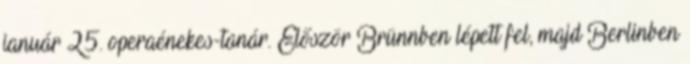
január 25. operaénekes-tanár. Először Brünnben lépett fel, majd Berlinben